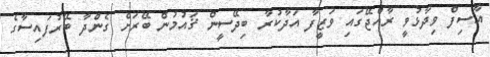
އާސިފް ވިދާޅުވީ ރާއްޖޭގައި ވަޒީފާ އަދާކުރާ ބިދޭސީން ޤައުމުން ބޭރަށް ގެންދާ ބޭރުފައިސާގެ